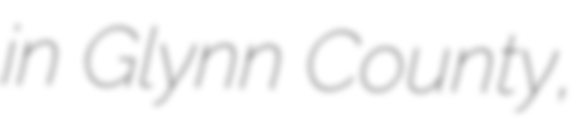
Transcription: in Glynn County,